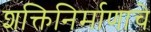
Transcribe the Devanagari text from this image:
शक्तिनिर्माणाचे